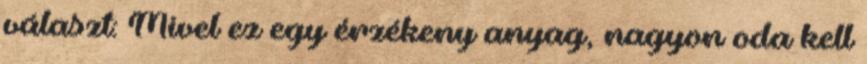
választ: Mivel ez egy érzékeny anyag, nagyon oda kell